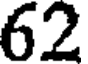
62